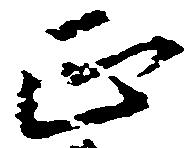
正